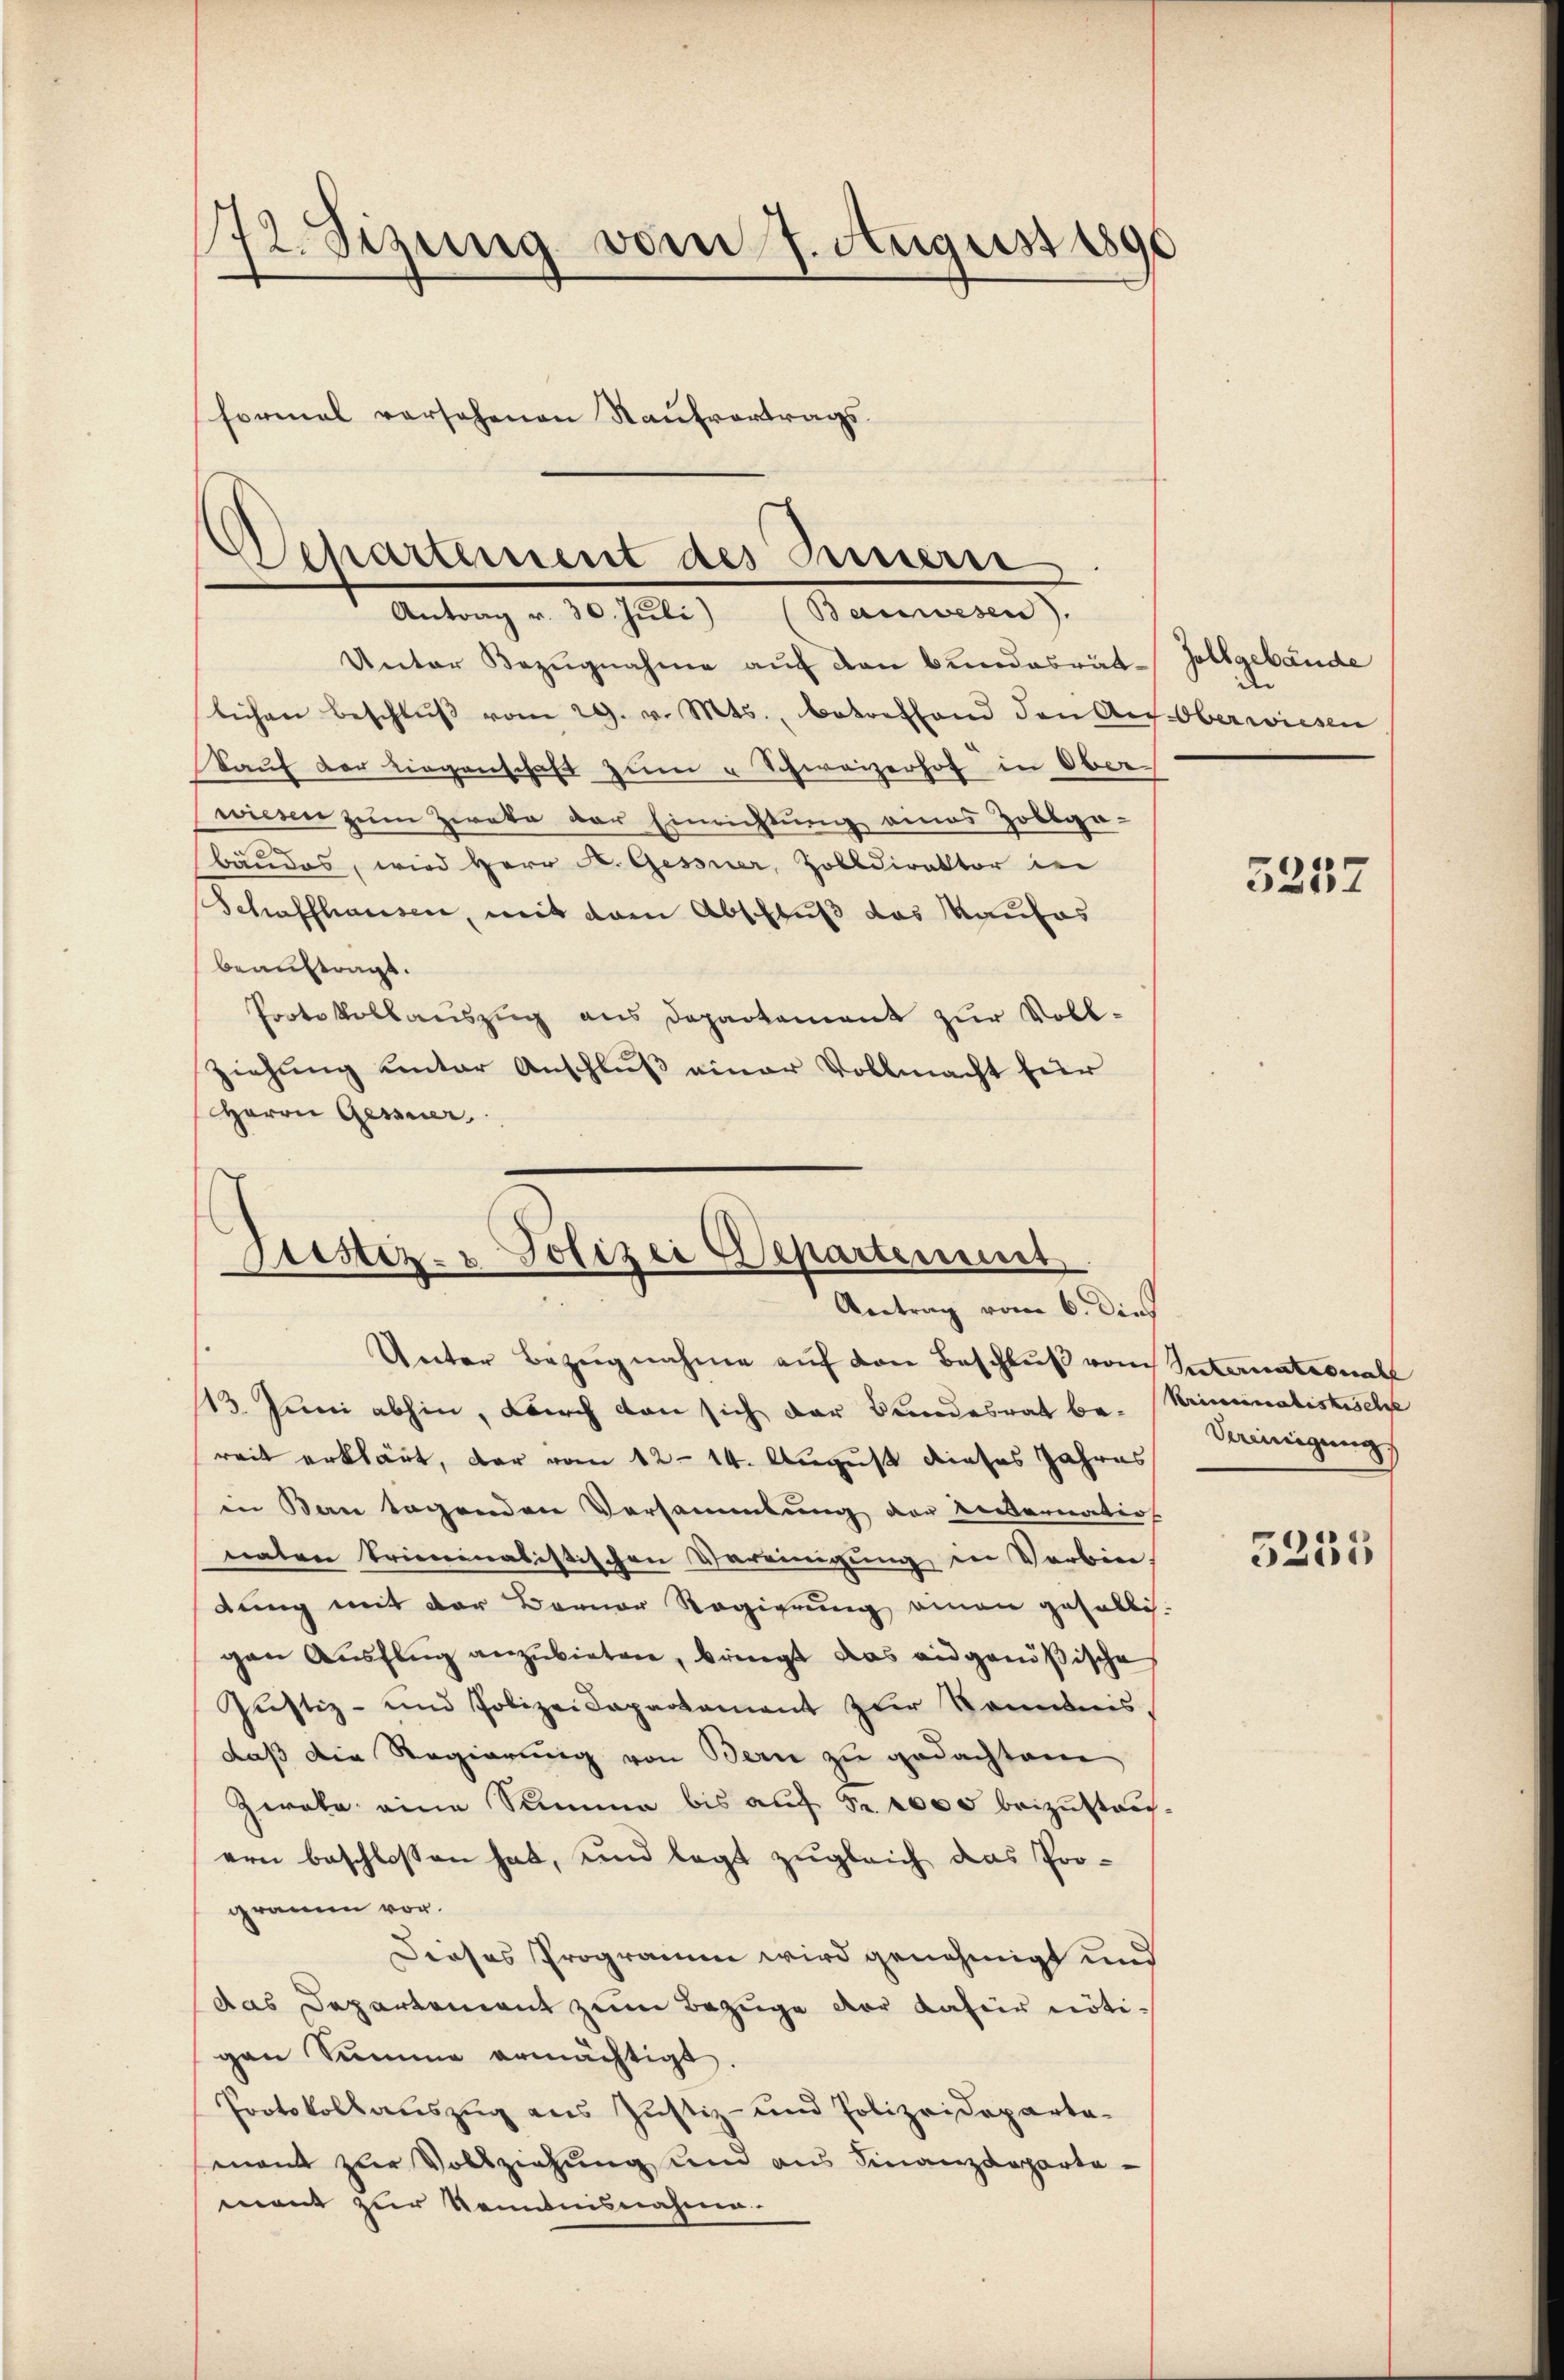
172. Sizung vom 7. August 1890
formal versehenen Kaufvertrags¬

Departement des Innern
Antrag v. 30. Jŭli (Bauwesen).

Unter Bezŭgnahme auf den Bundesrät-Zollgebäude
lichen beschlŭβ vom 29. v. Mts., betreffend den Aus-Oberwiesen
kaŭf der Liegenschaft zŭm „Schweizerhof in Ober
wiesen zum Zirate der Einrichtung eines Zollga-
bandes, wird Herr K. Gessner, Zolldirektor in
Schaffhausen, mit dem Abschluß das Maulas
beauftragt.
Protokollauszug aus Departement zur Vollziehung unter Anschluß einer Vollmacht für
Herrn Gessner,

Zustiz- & Polizei Departement
Antrag vom 6. dies

der

Unter Bezugnahme auf den Beschluß vom Internates nachl
13. Juni abhin, durch den sich der Bundesrat be- (Kriminalistische
reit erklärt, der vom 12. 14. August dieses Jahres
in Bau sagenden Versammlung der Recernation
naten Trieninalistischen Vereinigung in Verbin-
dung mit der Berner Regierung einen gefälli-
gen Ausflug anzubieten, bringt das angenößische
Justiz- und Polizeidepartement zur Kenntnis,
daß die Regierung von Bern zu gedachtene
Zwaka eine Summe bis auf Fr. 1000 beizustauern beschlossen hat, und legt zugleich das Programen vor.
Dieses Programm wird genehmigt und
das Departement zum Bezuge der dafür nötigan Summe ermächtigt.
Protokollauszug aus Justiz- und Polizeideparta-
senamt zur Vollziehung und aus Finanzdepartement zur Kenntnisnahme.

5257

Vereinigung

3235